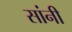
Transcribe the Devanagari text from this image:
सांनी